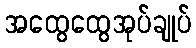
အထွေထွေအုပ်ချုပ်